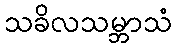
သခိလသမ္ဘာသံ